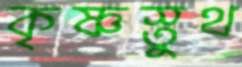
কৃষ্ণস্তুথ